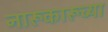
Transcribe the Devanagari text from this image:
नारूकारूच्या